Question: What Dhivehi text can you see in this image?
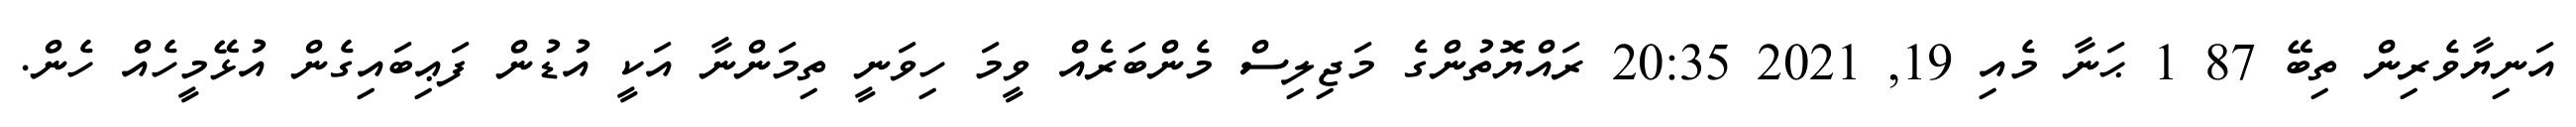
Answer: އަނިޔާވެރިން ތިބޭ 87 1 ޙަނާ މެއި 19, 2021 20:35 ރައްޔޮތުންގެ މަޖިލިސް މެންބަރެއް ވީމަ ހިވަނީ ތިމަންނާ އަކީ އުޑުން ފަޢިބައިގެން އުޅޭމީހެއް ހެން.